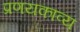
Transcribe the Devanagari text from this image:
प्रणयकाव्य